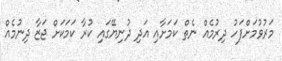
މަރުވުމަށްފަހު ދިރުމެއް ނެތް ކަމަށާއި އަދި ދުނިޔޭގައި ކުރާ ކަމަކަށް ޖަޒާ ދިނުމެއް